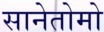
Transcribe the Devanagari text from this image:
सानेतोमो